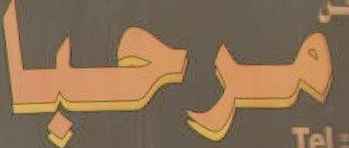
مرحبا